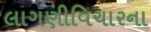
લાગણીવિચારના